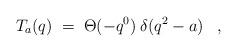
LaTeX: \begin{align*}T_a(q) \;=\; \Theta(-q^0)\: \delta(q^2-a) \;\;\; , \end{align*}